Report on the lunatic asylums under the Government of Bombay - 1904-1913
Year: 1904
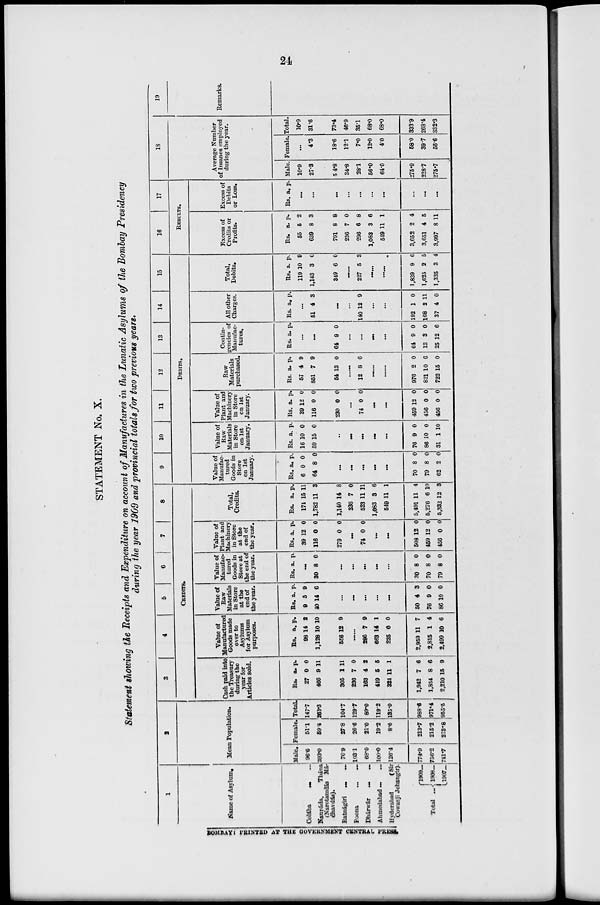
24
STATEMENT No. X.
Statement showing the Receipts and Expenditure on account of Manufactures in the Lunatic Asylums of the Bombay Presidency
during the year 1909 and provincial totals for two previous years.
1
Name of Asylum.
Colába .... ....
Naupáda,
Thána
(Narotamdás
Má-
dhavdás).
Ratnágiri
...
...
Poona
...
...
Dhárwár
...
...
Ahmedabad
...
...
Hyderabad
(Sir
Cowasji Jehangir).
Total
...
1909 ...
1908 ...
1907 ...
2
Mean Population.
Male.
96.6
203.0
76.9
103.1
68.0
100.0
126.4
774.9
756.2
741.7
Female.
51.1
59.4
27.8
26.6
21.0
19.2
8.6
213.7
215.2
213.8
Total.
147.7
263.3
104.7
129.7
89.0
119.2
135.0
988.6
971.4
955.5
3
4
5
6
7
8
CREDITS.
Cash paid into
the Treasury
during the
year for
Articles sold.
Rs.
27
466
305
236
163
419
324
1,942
1,854
2,210
a.
0
9
1
7
4
5
11
7
8
15
p.
0
11
11
0
2
5
1
6
6
9
Value of
Manufactured
Goods made
over to
Asylums
for Asylum
purposes.
Rs.
98
1,128
556
a.
14
10
12
p.
2
10
9
......
286
663
225
2,959
2,815
2,499
7
14
0
11
1
10
9
1
0
7
4
6
Value of
Raw
Materials
in Store
at the
end of
the year.
Rs.
9
40
a.
5
14
p.
9
6
...
...
...
...
...
50
76
86
4
9
10
3
0
0
Value of
Manufac-
tured
Goods in
Store at
the end of
the year.
Rs. a. p.
...
30 8 0
...
...
...
...
...
30
70
79
8
8
8
0
0
0
Value of
Plant and
Machinery
in Store
at the
end of
the year.
Rs.
39
116
279
a.
12
0
0
p.
0
0
0
...
74 0 0
...
...
508
459
456
12
12
0
0
0
0
Total,
Credits.
Rs.
174
1,782
1,140
236
523
1,083
549
5,491
5,276
5,332
a.
15
11
14
7
11
3
11
11
6
12
p.
11
3
8
0
11
6
1
4
10
3
9
10
11
12
13
14
15
DEBITS.
Value of
Manufac-
tured
Goods in
Store
on 1st
January.
Rs.
6
64
a.
0
8
p.
0
0
...
...
...
...
...
70
79
62
8
8
2
0
0
0
Value of
Raw
Materials
in Store
on 1st
January.
Rs.
16
59
a.
10
15
p.
0
0
...
...
...
...
...
76
86
31
9
10
1
0
0
10
Value of
Plant and
Machinery
in Store
on 1st
January.
Rs.
39
116
230
a.
12
0
0
p.
0
0
0
...
74 0 0
...
...
459
456
456
12
0
0
0
0
0
Raw
Materials
purchased.
Rs.
57
851
54
a.
4
7
13
p.
9
9
0
......
12 8 6
......
......
976
821
722
2
10
15
0
6
0
Contin-
gencies of
Manufac-
tures.
Rs.
a.
p.
...
...
64 9 0
...
...
...
...
64
13
25
9
3
12
0
0
6
All other
Charges.
Rs. a.
p.
...
51 4 3
...
...
140 12 9
...
...
192
168
37
1
2
4
0
11
0
Total,
Debits.
Rs.
119
1,143
349
a.
10
3
6
p.
9
0
0
......
227 5 3
......
......
1,839
1,625
1,335
9
2
3
0
5
4
16
17
RESULTS.
Excess of
Credits or
Profits.
Rs.
55
639
791
236
296
1,083
549
3,652
3,651
3,997
a.
5
8
8
7
6
3
11
2
4
8
p.
2
3
8
0
8
6
1
4
5
11
Excess of
Debits
or Loss.
Rs. a. p.
...
...
...
...
...
...
...
...
...
...
18
Average Number
of Insanes employed
during the year.
Male.
10.9
27.3
54.8
34.8
28.1
56.0
64.0
275.9
228.7
275.7
Female.
...
4.3
18.6
12.1
7.0
12.0
4.0
58.0
39.7
56.6
Total.
10.9
31.6
73.4
46.9
35.1
68.0
68.0
333.9
268.4
332.3
19
Remarks.
BOMBAY : PRINTED AT THE GOVERNMENT CENTRAL PRESS.